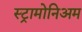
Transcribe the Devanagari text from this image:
स्ट्रामोनिअम